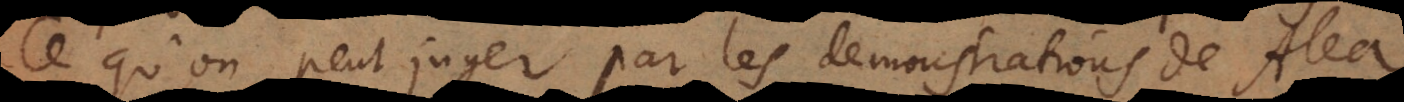
Ce qu’on peut juger par les demonstrations de Alea